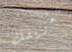
تعريفك